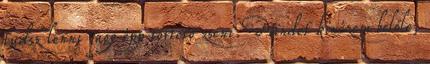
tudsz lenni vagy épp törtető zseni. Mindet kinézem belőle,